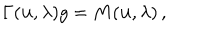
\Gamma ( { \bf u } , \lambda ) g = M ( { \bf u } , \lambda ) \, ,